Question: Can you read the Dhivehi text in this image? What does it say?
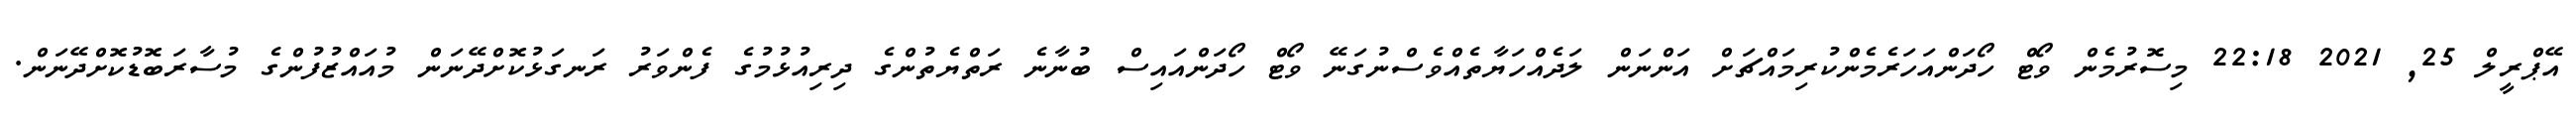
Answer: އޭޕްރީލް 25, 2021 22:18 މިސޮރުމެން ވޯޓް ހޯދަންއަހަރެމެންކުރިމައްޗަށް އަންނަން ލަދެއްހަޔާތެއްވެސްނުގަނޭ ވޯޓް ހޯދަންއައިސް ބުނާނެ ރަތްޔެތުންގެ ދިރިއުޅުމުގެ ފެންވަރު ރަނގަޅުކޮށްދޭނަން މުއައްޒުފުންގެ މުސާރަބޮޑުކޮށްދޭނަން.